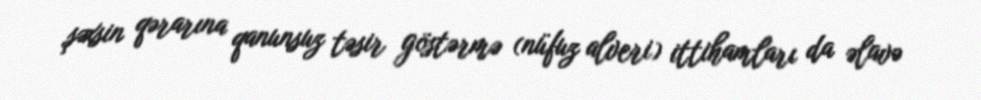
şəxsin qərarına qanunsuz təsir göstərmə (nüfuz alveri) ittihamları da əlavə